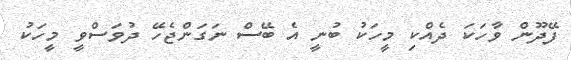
ފޭދޫން ވާހަކަ ދެއްކި މީހަކު ބުނީ އެ ބޭސް ނަގަންޖެހޭ ދުވަސްވީ މީހަކު